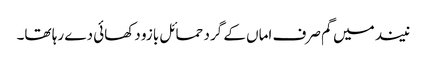
نیند میں گم صرف اماں کے گرد حمائل بازو دکھائی دے رہا تھا۔